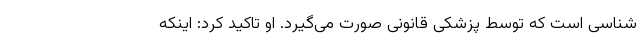
‌شناسی است که توسط پزشکی قانونی صورت می‌گیرد. او تاکید کرد: اینکه